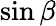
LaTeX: \sin\beta